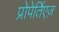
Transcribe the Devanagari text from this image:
प्रोपेर्तिएज़